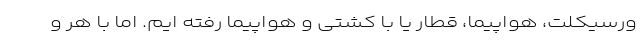
ورسیکلت، هواپیما، قطار یا با کشتی و هواپیما رفته ایم. اما با هر و